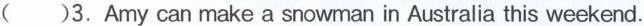
( )3.Amy can make a snowman in Australia this weekend.